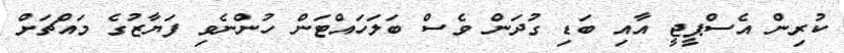
ކުރިން އެސްޕީޖީ އާއި ބަޑި ގުދަން ވެސް ބަލަހައްޓަން ހުންނެވި ފަޔާޒުގެ މައްޗަށް